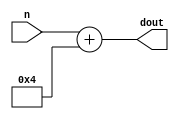
module test (
        input signed [1:0] n,
        output [3:0] dout
);
        assign dout = n + 4'sd 4;
endmodule